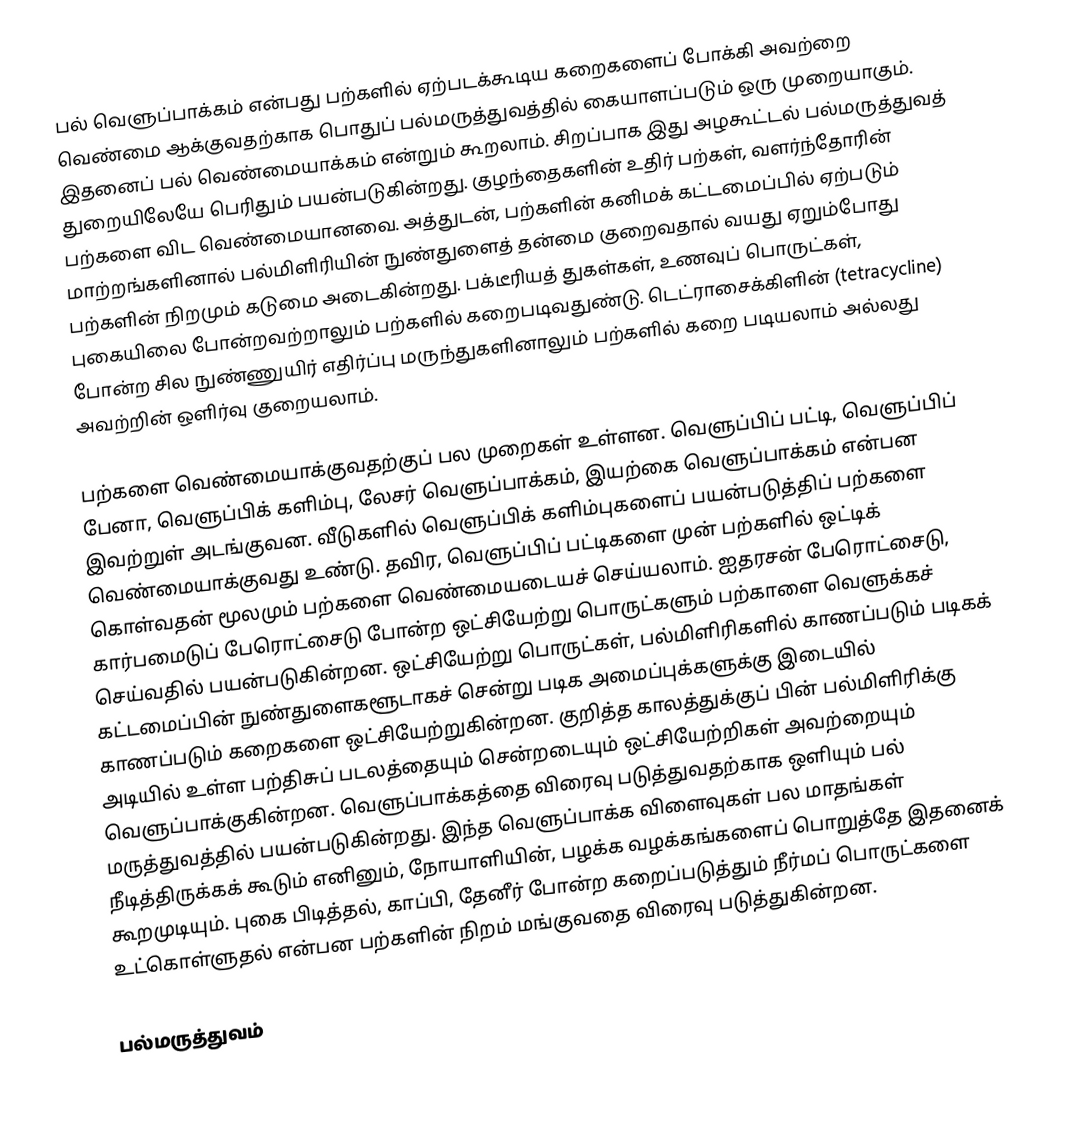
பல் வெளுப்பாக்கம் என்பது பற்களில் ஏற்படக்கூடிய கறைகளைப் போக்கி அவற்றை வெண்மை ஆக்குவதற்காக பொதுப் பல்மருத்துவத்தில் கையாளப்படும் ஒரு முறையாகும். இதனைப் பல் வெண்மையாக்கம் என்றும் கூறலாம். சிறப்பாக இது அழகூட்டல் பல்மருத்துவத் துறையிலேயே பெரிதும் பயன்படுகின்றது. குழந்தைகளின் உதிர் பற்கள், வளர்ந்தோரின் பற்களை விட வெண்மையானவை. அத்துடன், பற்களின் கனிமக் கட்டமைப்பில் ஏற்படும் மாற்றங்களினால் பல்மிளிரியின் நுண்துளைத் தன்மை குறைவதால் வயது ஏறும்போது பற்களின் நிறமும் கடுமை அடைகின்றது. பக்டீரியத் துகள்கள், உணவுப் பொருட்கள், புகையிலை போன்றவற்றாலும் பற்களில் கறைபடிவதுண்டு. டெட்ராசைக்கிளின் (tetracycline) போன்ற சில நுண்ணுயிர் எதிர்ப்பு மருந்துகளினாலும் பற்களில் கறை படியலாம் அல்லது அவற்றின் ஒளிர்வு குறையலாம்.

பற்களை வெண்மையாக்குவதற்குப் பல முறைகள் உள்ளன. வெளுப்பிப் பட்டி, வெளுப்பிப் பேனா, வெளுப்பிக் களிம்பு, லேசர் வெளுப்பாக்கம், இயற்கை வெளுப்பாக்கம் என்பன இவற்றுள் அடங்குவன. வீடுகளில் வெளுப்பிக் களிம்புகளைப் பயன்படுத்திப் பற்களை வெண்மையாக்குவது உண்டு. தவிர, வெளுப்பிப் பட்டிகளை முன் பற்களில் ஒட்டிக் கொள்வதன் மூலமும் பற்களை வெண்மையடையச் செய்யலாம். ஐதரசன் பேரொட்சைடு, கார்பமைடுப் பேரொட்சைடு போன்ற ஒட்சியேற்று பொருட்களும் பற்காளை வெளுக்கச் செய்வதில் பயன்படுகின்றன. ஒட்சியேற்று பொருட்கள், பல்மிளிரிகளில் காணப்படும் படிகக் கட்டமைப்பின் நுண்துளைகளூடாகச் சென்று படிக அமைப்புக்களுக்கு இடையில் காணப்படும் கறைகளை ஒட்சியேற்றுகின்றன. குறித்த காலத்துக்குப் பின் பல்மிளிரிக்கு அடியில் உள்ள பற்திசுப் படலத்தையும் சென்றடையும் ஒட்சியேற்றிகள் அவற்றையும் வெளுப்பாக்குகின்றன. வெளுப்பாக்கத்தை விரைவு படுத்துவதற்காக ஒளியும் பல் மருத்துவத்தில் பயன்படுகின்றது. இந்த வெளுப்பாக்க விளைவுகள் பல மாதங்கள் நீடித்திருக்கக் கூடும் எனினும், நோயாளியின், பழக்க வழக்கங்களைப் பொறுத்தே இதனைக் கூறமுடியும். புகை பிடித்தல், காப்பி, தேனீர் போன்ற கறைப்படுத்தும் நீர்மப் பொருட்களை உட்கொள்ளுதல் என்பன பற்களின் நிறம் மங்குவதை விரைவு படுத்துகின்றன.

பல்மருத்துவம்